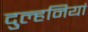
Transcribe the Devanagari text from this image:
दुल्हनियां